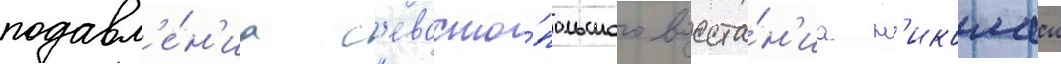
подавл'е́н'иа с'евасто́польского восста́н'иа н'иколаи